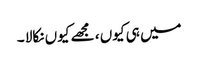
میں ہی کیوں ، مجھے کیوں نکالا ۔